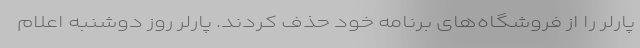
پارلر را از فروشگاه‌های برنامه خود حذف کردند. پارلر روز دوشنبه اعلام